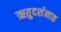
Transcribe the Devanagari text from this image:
ऋतुदर्शनात